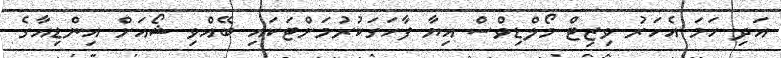
އަދި ހަމަ އެހަރު ވިޒިޓް މޯލްޑިވްސް އިޔާ ފާހަގަކުރުމަށްޓަކައި ބޭއްވި ޝޯއަށް އިންޑިއާގެ